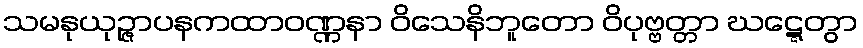
သမနုယုဉ္ဇာပနကထာဝဏ္ဏနာ ဝိသေနိဘူတော ဝိပုဗ္ဗတ္တာ ဃဋ္ဋေတွာ